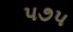
૫૭૫